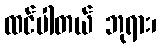
ထင်ပါတယ် ဘုရား၊